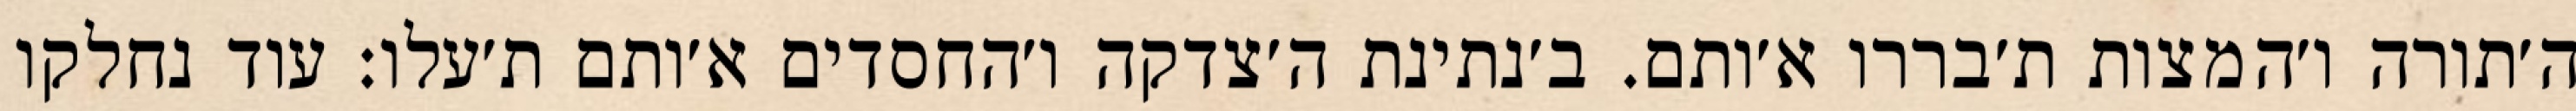
ה׳תורה ו׳המצות ת׳בררו א׳ותם. ב׳נתינת ה׳צדקה ו׳החסדים א׳ותם ת׳עלו: עוד נחלקו